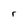
Character: r